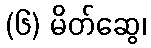
(၆) မိတ်ဆွေ၊